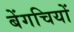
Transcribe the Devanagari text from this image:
बेंगचियों